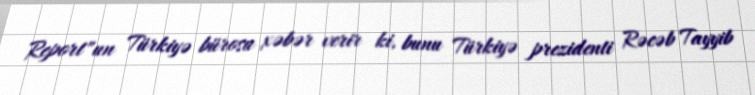
Report"un Türkiyə bürosu xəbər verir ki, bunu Türkiyə prezidenti Rəcəb Tayyib